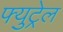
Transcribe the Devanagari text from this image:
फ्युट्रेल